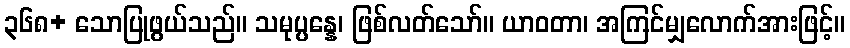
၃၆၈+ သောပြုဖွယ်သည်။ သမုပ္ပန္နေ၊ ဖြစ်လတ်သော်။ ယာဝတာ၊ အကြင်မျှလောက်အားဖြင့်။